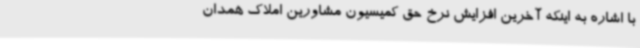
با اشاره به اینکه آخرین افزایش نرخ حق کمیسیون مشاورین املاک همدان